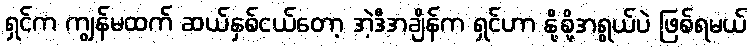
ရှင်က ကျွန်မထက် ဆယ်နှစ်ငယ်တော့ အဲ့ဒီအချိန်က ရှင်ဟာ နို့စို့အရွယ်ပဲ ဖြစ်ရမယ်